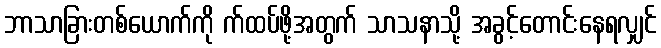
ဘာသာခြားတစ်ယောက်ကို က်ထပ်ဖို့အတွက် သာသနာသို့ အခွင့်တောင်းနေရလျှင်